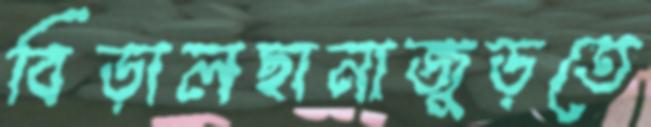
বিড়ালছানাজুড়তে